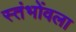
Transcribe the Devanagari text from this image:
स्तंभोंवला